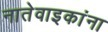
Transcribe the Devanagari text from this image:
नातेवाइकांना